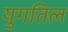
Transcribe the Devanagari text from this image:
युगतिल